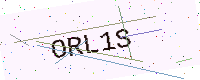
Text: ORL1S